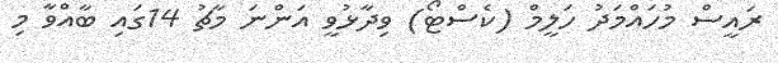
ރައީސް މުހައްމަދު ހަލީމް (ކެސްޓޯ) ވިދާޅުވީ އަންނަ މާޗު 14ގައި ބާއްވާ މި